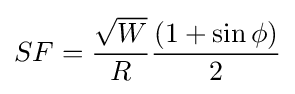
SF={\frac {\sqrt {W}}{R}}{{(1+\sin \phi )} \over 2}